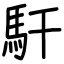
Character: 馯